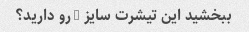
ببخشید این تیشرت سایز l رو دارید؟